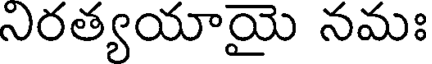
నిరత్యయాయై నమః